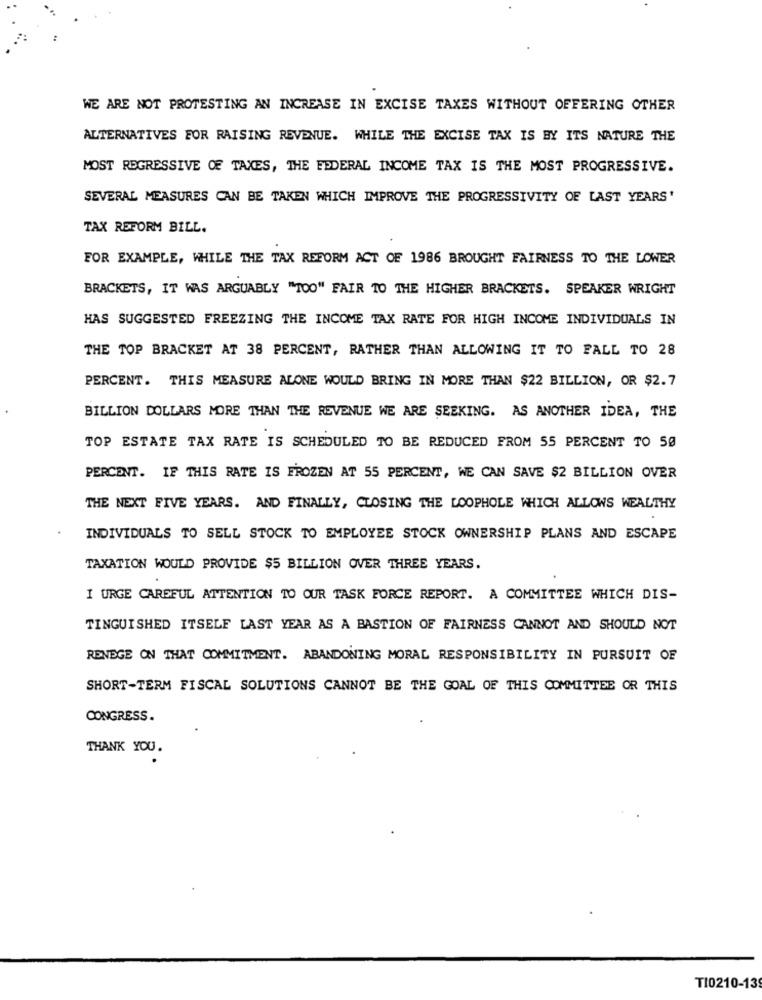
WE ARE NOT PROTESTING AN INCREASE IN EXCISE TAXES WITHOUT OFFERING OTHER
ALTERNATIVES FOR RAISING REVENUE. WHILE THE EXCISE TAX IS BY ITS NATURE THE
MOST REGRESSIVE OF TAXES, THE FEDERAL INCOME TAX IS THE MOST PROGRESSIVE.
SEVERAL MEASURES CAN BE TAKEN WHICH IMPROVE THE PROGRESSIVITY OF LAST YEARS'
TAX REFORM BILL.
FOR EXAMPLE, WHILE THE TAX REFORM ACT OF 1986 BROUGHT FAIRNESS TO THE LOWER
BRACKETS, IT WAS ARGUABLY "TOO" FAIR TO THE HIGHER BRACKETS. SPEAKER WRIGHT
HAS SUGGESTED FREEZING THE INCOME TAX RATE FOR HIGH INCOME INDIVIDUALS IN
THE TOP BRACKET AT 38 PERCENT, RATHER THAN ALLOWING IT TO FALL TO 28
PERCENT. THIS MEASURE ALONE WOULD BRING IN MORE THAN $22 BILLION, OR $2.7
BILLION DOLLARS MORE THAN THE REVENUE WE ARE SEEKING. AS ANOTHER IDEA, THE
TOP ESTATE TAX RATE IS SCHEDULED TO BE REDUCED FROM 55 PERCENT TO 50
PERCENT. IF THIS RATE IS FROZEN AT 55 PERCENT, WE CAN SAVE $2 BILLION OVER
THE NEXT FIVE YEARS. AND FINALLY, CLOSING THE LOOPHOLE WHICH ALLOWS WEALTHY
INDIVIDUALS TO SELL STOCK TO EMPLOYEE STOCK OWNERSHIP PLANS AND ESCAPE
TAXATION WOULD PROVIDE $5 BILLION OVER THREE YEARS.
I URGE CAREFUL ATTENTION TO OUR TASK FORCE REPORT. A COMMITTEE WHICH DIS-
TINGUISHED ITSELF LAST YEAR AS A BASTION OF FAIRNESS CANNOT AND SHOULD NOT
RENEGE ON THAT COMMITMENT. ABANDONING MORAL RESPONSIBILITY IN PURSUIT OF
SHORT-TERM FISCAL SOLUTIONS CANNOT BE THE GOAL OF THIS COMMITTEE OR THIS
CONGRESS.
THANK YOU.
TI0210-139